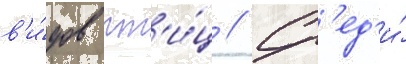
в'и́дов пт'и́ц // Ср'ед'и́